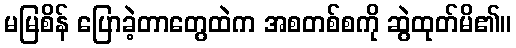
မမြစိန် ပြောခဲ့တာတွေထဲက အစတစ်စကို ဆွဲထုတ်မိ၏။